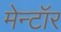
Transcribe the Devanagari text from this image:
मेन्टॉर